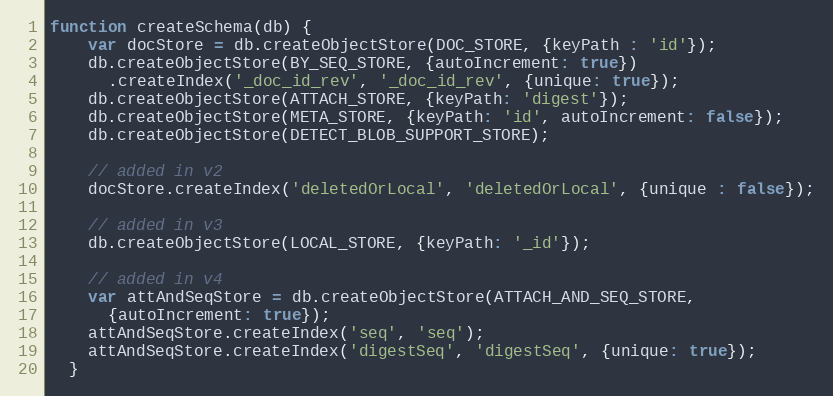
Language: JavaScript
function createSchema(db) {
    var docStore = db.createObjectStore(DOC_STORE, {keyPath : 'id'});
    db.createObjectStore(BY_SEQ_STORE, {autoIncrement: true})
      .createIndex('_doc_id_rev', '_doc_id_rev', {unique: true});
    db.createObjectStore(ATTACH_STORE, {keyPath: 'digest'});
    db.createObjectStore(META_STORE, {keyPath: 'id', autoIncrement: false});
    db.createObjectStore(DETECT_BLOB_SUPPORT_STORE);

    // added in v2
    docStore.createIndex('deletedOrLocal', 'deletedOrLocal', {unique : false});

    // added in v3
    db.createObjectStore(LOCAL_STORE, {keyPath: '_id'});

    // added in v4
    var attAndSeqStore = db.createObjectStore(ATTACH_AND_SEQ_STORE,
      {autoIncrement: true});
    attAndSeqStore.createIndex('seq', 'seq');
    attAndSeqStore.createIndex('digestSeq', 'digestSeq', {unique: true});
  }